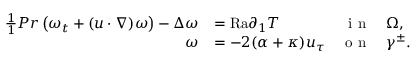
\begin{array} { r l r l } { \frac { 1 } { 1 } { { P r } } \left( \omega _ { t } + ( u \cdot \nabla ) \omega \right) - \Delta \omega } & { = { \mathrm { R a } } \partial _ { 1 } T } & { \textnormal { i n } } & { \Omega , } \\ { \omega } & { = - 2 ( \alpha + \kappa ) u _ { \tau } } & { \textnormal { o n } } & { \gamma ^ { \pm } . } \end{array}